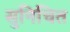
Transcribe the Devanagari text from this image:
सुनिचित